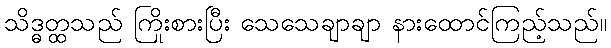
သိဒ္ဓတ္ထသည် ကြိုးစားပြီး သေသေချာချာ နားထောင်ကြည့်သည်။